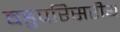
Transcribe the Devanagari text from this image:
बहुपरिसरीय